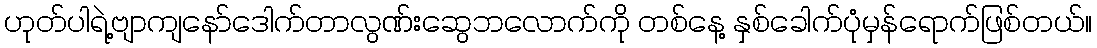
ဟုတ်ပါရဲ့ဗျာကျနော်ဒေါက်တာလွဏ်းဆွေဘလောက်ကို တစ်နေ့ နှစ်ခေါက်ပုံမှန်ရောက်ဖြစ်တယ်။